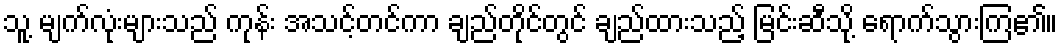
သူ့ မျက်လုံးများသည် ကုန်း အသင့်တင်ကာ ချည်တိုင်တွင် ချည်ထားသည့် မြင်းဆီသို့ ရောက်သွားကြ၏။